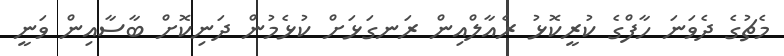
މެޗުގެ ދެވަނަ ހާފްގެ ކުރީކޮޅު ރެއާލްއިން ރަނގަޅަށް ކުޅެމުން ދަނިކޮށް ބާސާއިން ވަނީ